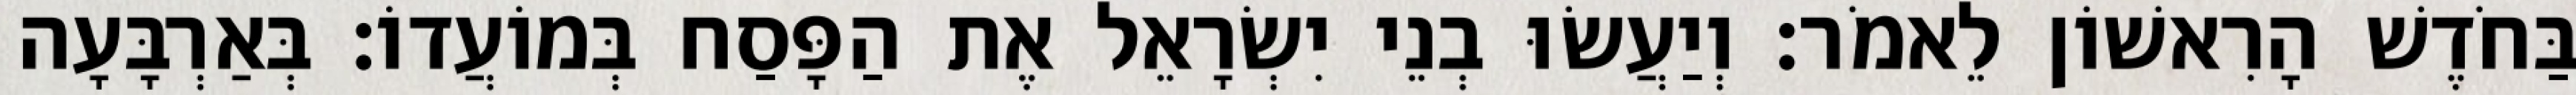
בַּחֹדֶשׁ הָרִאשׁוֹן לֵאמֹר׃ וְיַעֲשׂוּ בְנֵי יִשְׂרָאֵל אֶת הַפָּסַח בְּמוֹעֲדוֹ׃ בְּאַרְבָּעָה